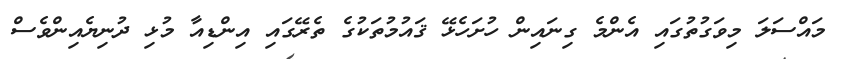
މައްސަލަ މިވަގުތުގައި އެންމެ ގިނައިން ހުށަހެޅޭ ޤައުމުތަކުގެ ތެރޭގައި އިންޑިއާ މުޅި ދުނިޔެއިންވެސް